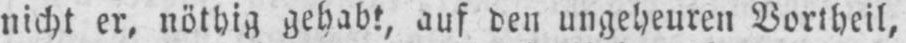
nicht er, nöthig gehabt, auf den ungeheuren Vortheil,